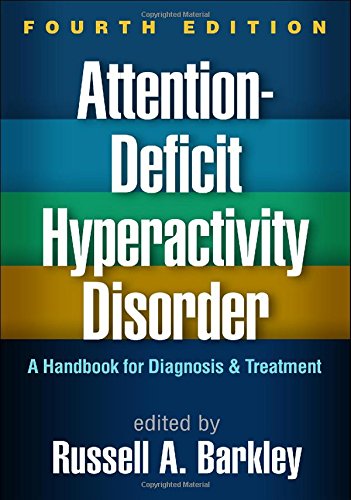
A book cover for Attention-Deficit Hyperactivity Disorder, Fourth Edition: A Handbook for Diagnosis and Treatment; Medical Books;